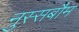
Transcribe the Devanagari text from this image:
नुस्सबौम